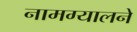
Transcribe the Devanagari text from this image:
नामग्यालने